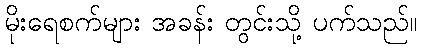
မိုးရေစက်များ အခန်း တွင်းသို့ ပက်သည်။